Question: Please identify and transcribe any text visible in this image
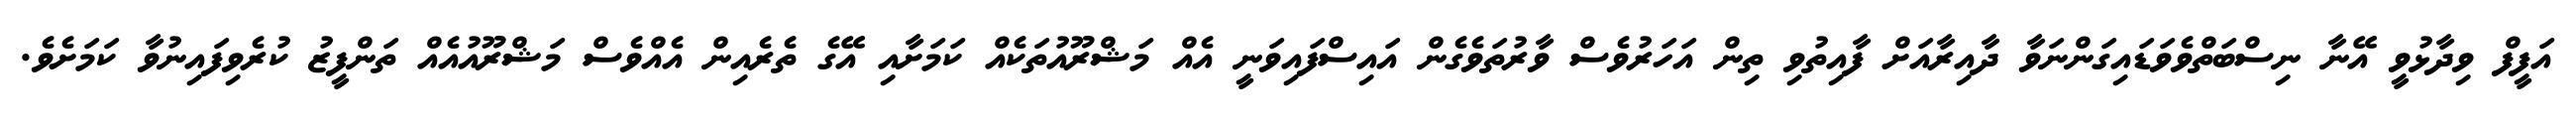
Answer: އަފީފް ވިދާޅުވީ އޭނާ ނިސްބަތްވެވަޑައިގަންނަވާ ދާއިރާއަށް ފާއިތުވި ތިން އަހަރުވެސް ވާރުތަވެގެން އައިސްފައިވަނީ އެއް މަޝްރޫއުތަކެއް ކަމަށާއި އޭގެ ތެރެއިން އެއްވެސް މަޝްރޫއުއެއް ތަންފީޒު ކުރެވިފައިނުވާ ކަމަށެވެ.